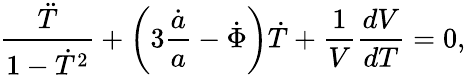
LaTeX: \frac{\ddot{T}}{1-\dot{T}^{2}}+\left(3\frac{\dot{a}}{a}-\dot{\Phi}\right)\dot{T}+\frac{1}{V}\frac{dV}{dT}=0,